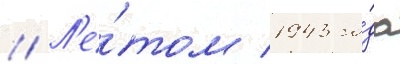
// Л'е́том 1943 го́да